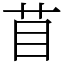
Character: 苜